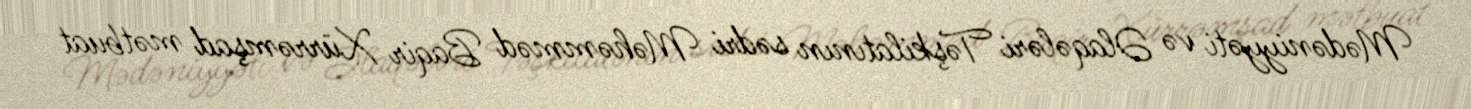
Mədəniyyəti və Əlaqələri Təşkilatının sədri Məhəmməd Baqir Xürrəmşad mətbuat